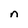
Character: n